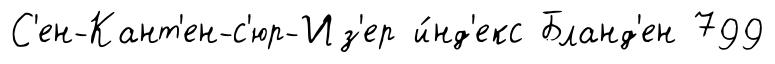
С'ен-Кант'ен-с'юр-Из'ер и́нд'екс Бланд'ен 799